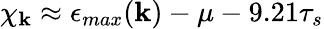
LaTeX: \chi_{\mathbf k}\approx\epsilon_{max}({\mathbf k})-\mu-9.21\tau_{s}